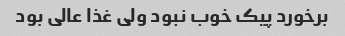
برخورد پیک خوب نبود ولی غذا عالی بود